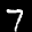
Label: 7